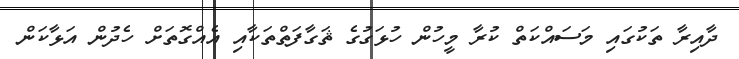
ދާއިރާ ތަކުގައި މަސައްކަތް ކުރާ މީހުން ހުޅަގުގެ ޘަގާފަތްތަކާއި އެއްގޮތަށް ހެދުން އަޅާކަން